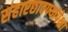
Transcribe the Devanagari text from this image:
संहारछावण्यांपेक्षा